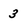
Character: 3